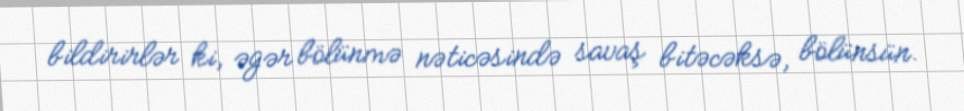
bildirirlər ki, əgər bölünmə nəticəsində savaş bitəcəksə, bölünsün.